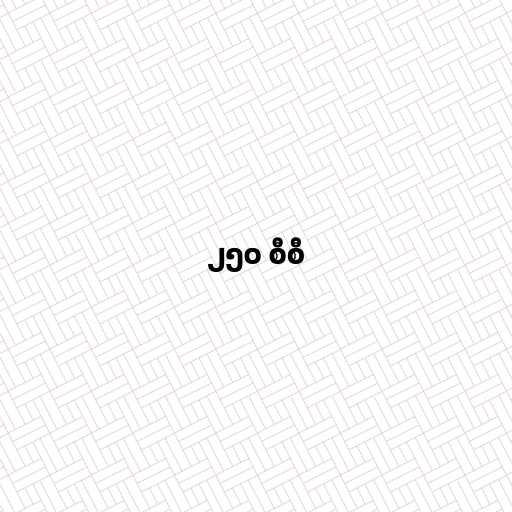
၂၅၀ စီစီ